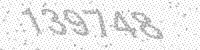
Solution: 139748